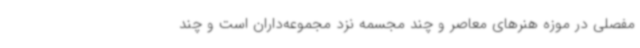
مفصلی در موزه هنرهای معاصر و چند مجسمه نزد مجموعه‌داران است و چند